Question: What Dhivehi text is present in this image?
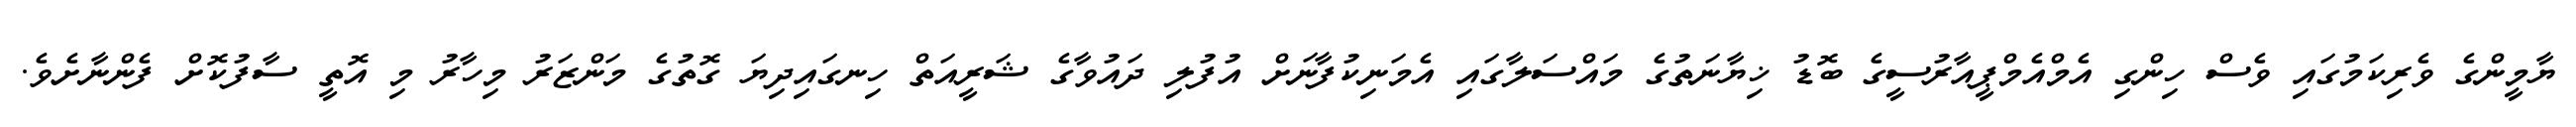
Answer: ޔާމީންގެ ވެރިކަމުގައި ވެސް ހިންގި އެމްއެމްޕީއާރުސީގެ ބޮޑު ޚިޔާނަތުގެ މައްސަލާގައި އެމަނިކުފާނަށް އުފުލި ދައުވާގެ ޝަރީއަތް ހިނގައިދިޔަ ގޮތުގެ މަންޒަރު މިހާރު މި އޮތީ ސާފުކޮށް ފެންނާށެވެ.